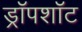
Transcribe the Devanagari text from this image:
ड्रॉपशॉट